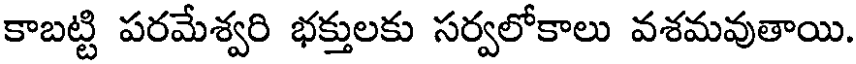
కాబట్టి పరమేశ్వరి భక్తులకు సర్వలోకాలు వశమవుతాయి.